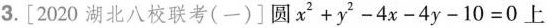
3.[2020湖北八校联考(一)]圆$$x^{2}+y^{2}-4x-4y-10=0$$上